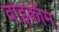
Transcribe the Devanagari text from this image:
वाइकॉम